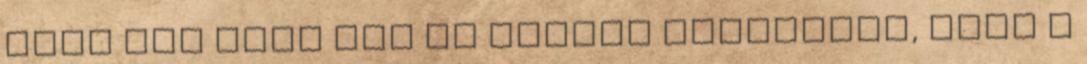
hogy nem volt még ma estére szállásom, hogy a